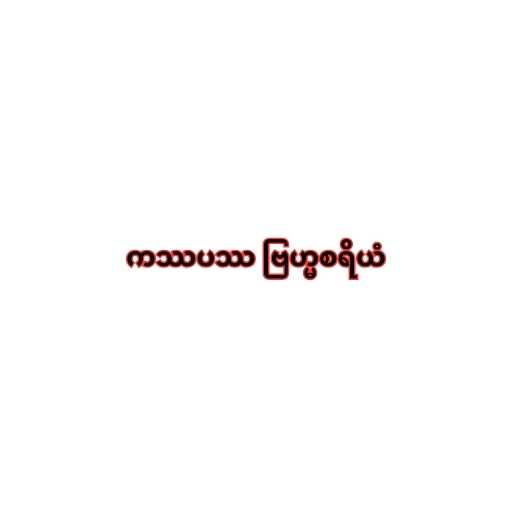
ကဿပဿ ဗြဟ္မစရိယံ